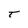
Character: t